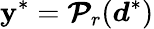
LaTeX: \boldsymbol{\mathbf{y}}^{*}=\boldsymbol{\mathcal{{P}}}_{r}(\boldsymbol{d}^{*})